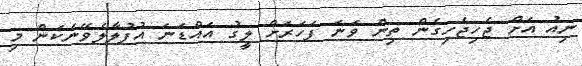
ނިއު އަށް ޖެހިޖެހިގެން ތިން ވަނަ ފަހަރަށް ލީގު އައްޑަނަ އުފުލާލެވޭނެކަން މި